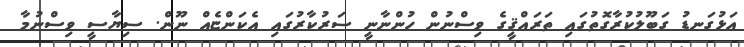
އަޅުގަނޑު ގަބޫލުކުރާގޮތުގައި ތަރައްޤީގެ ވިސްނުން ހުންނާނީ ސަރުކާރުގައި އެކަންޏެއް ނޫން. ސިޔާސީ ވިސްނުމާ